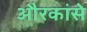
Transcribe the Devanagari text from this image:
औरकांसे